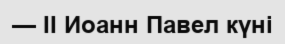
— II Иоанн Павел күні